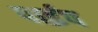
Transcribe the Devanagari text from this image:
पार्इप